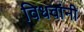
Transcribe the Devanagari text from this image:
विधवांनी